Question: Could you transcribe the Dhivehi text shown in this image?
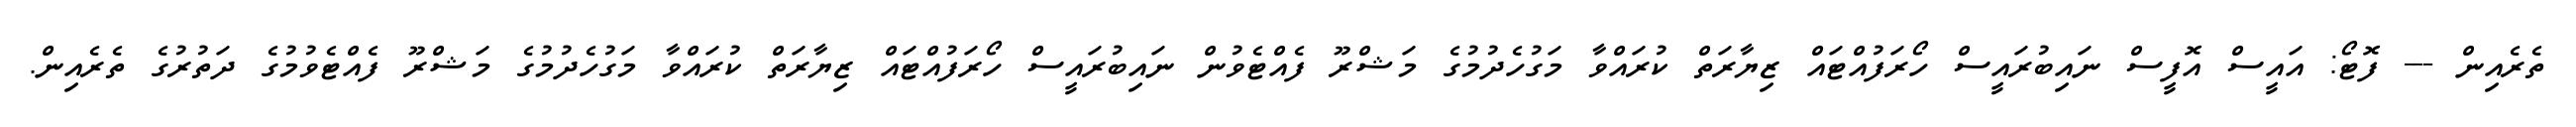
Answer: ތެރެއިން --- ފޮޓޯ: އައީސް އޮފީސް ނައިބުރައީސް ހޯރަފުއްޓައް ޒިޔާރަތް ކުރައްވާ މަގުހެދުމުގެ މަޝްރޫ ފެއްޓެވުން ނައިބުރައީސް ހޯރަފުއްޓައް ޒިޔާރަތް ކުރައްވާ މަގުހެދުމުގެ މަޝްރޫ ފެއްޓެވުމުގެ ދަތުރުގެ ތެރެއިން.